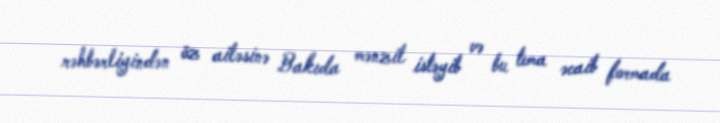
rəhbərliyindən öz ailəsinə Bakıda mənzil istəyib və bu tema əcaib formada